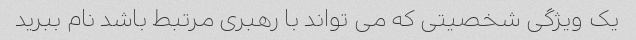
یک ویژگی شخصیتی که می تواند با رهبری مرتبط باشد نام ببرید